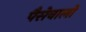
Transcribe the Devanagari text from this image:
पैसेवालों